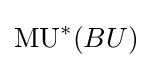
\operatorname {MU} ^{*}(BU)